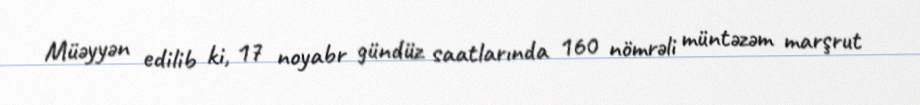
Müəyyən edilib ki, 17 noyabr gündüz saatlarında 160 nömrəli müntəzəm marşrut